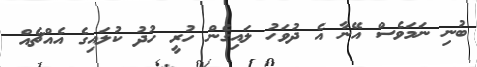
ބުނި ނަމަވެސް އޭނާ އެ ދުވަހު ލައިގެން ހުރީ ހުދު ކުލައިގެ އެއްޗެއް